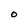
Character: O